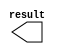
// megafunction wizard: %LPM_CONSTANT%VBB%
// GENERATION: STANDARD
// VERSION: WM1.0
// MODULE: LPM_CONSTANT 

// ============================================================
// Megafunction Name(s):
// 			LPM_CONSTANT
//
// Simulation Library Files(s):
// 			lpm
// ============================================================
// ************************************************************
// THIS IS A WIZARD-GENERATED FILE. DO NOT EDIT THIS FILE!
//
// 18.0.0 Build 614 04/24/2018 SJ Lite Edition
// ************************************************************

//Copyright (C) 2018  Intel Corporation. All rights reserved.
//Your use of Intel Corporation's design tools, logic functions 
//and other software and tools, and its AMPP partner logic 
//functions, and any output files from any of the foregoing 
//(including device programming or simulation files), and any 
//associated documentation or information are expressly subject 
//to the terms and conditions of the Intel Program License 
//Subscription Agreement, the Intel Quartus Prime License Agreement,
//the Intel FPGA IP License Agreement, or other applicable license
//agreement, including, without limitation, that your use is for
//the sole purpose of programming logic devices manufactured by
//Intel and sold by Intel or its authorized distributors.  Please
//refer to the applicable agreement for further details.

module four (
	result);

	output	[4:0]  result;

endmodule

// ============================================================
// CNX file retrieval info
// ============================================================
// Retrieval info: PRIVATE: INTENDED_DEVICE_FAMILY STRING "Cyclone V"
// Retrieval info: PRIVATE: JTAG_ENABLED NUMERIC "0"
// Retrieval info: PRIVATE: JTAG_ID STRING "NONE"
// Retrieval info: PRIVATE: Radix NUMERIC "10"
// Retrieval info: PRIVATE: SYNTH_WRAPPER_GEN_POSTFIX STRING "0"
// Retrieval info: PRIVATE: Value NUMERIC "4"
// Retrieval info: PRIVATE: nBit NUMERIC "5"
// Retrieval info: PRIVATE: new_diagram STRING "1"
// Retrieval info: LIBRARY: lpm lpm.lpm_components.all
// Retrieval info: CONSTANT: LPM_CVALUE NUMERIC "4"
// Retrieval info: CONSTANT: LPM_HINT STRING "ENABLE_RUNTIME_MOD=NO"
// Retrieval info: CONSTANT: LPM_TYPE STRING "LPM_CONSTANT"
// Retrieval info: CONSTANT: LPM_WIDTH NUMERIC "5"
// Retrieval info: USED_PORT: result 0 0 5 0 OUTPUT NODEFVAL "result[4..0]"
// Retrieval info: CONNECT: result 0 0 5 0 @result 0 0 5 0
// Retrieval info: GEN_FILE: TYPE_NORMAL four.v TRUE
// Retrieval info: GEN_FILE: TYPE_NORMAL four.inc FALSE
// Retrieval info: GEN_FILE: TYPE_NORMAL four.cmp FALSE
// Retrieval info: GEN_FILE: TYPE_NORMAL four.bsf TRUE
// Retrieval info: GEN_FILE: TYPE_NORMAL four_inst.v FALSE
// Retrieval info: GEN_FILE: TYPE_NORMAL four_bb.v TRUE
// Retrieval info: LIB_FILE: lpm